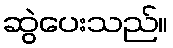
ဆွဲပေးသည်။